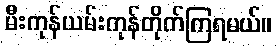
မီးကုန်ယမ်းကုန်တိုက်ကြရမယ်။